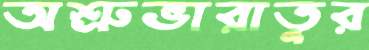
অশ্রুভারাতুর